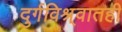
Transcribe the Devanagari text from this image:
दुर्गविश्र्वातही